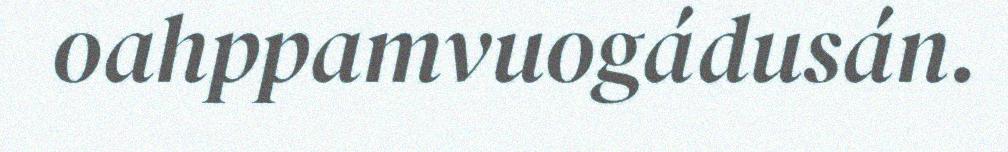
oahppamvuogádusán.